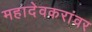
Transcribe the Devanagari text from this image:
महादेवकरांवर